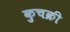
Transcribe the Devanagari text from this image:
कुचक्री